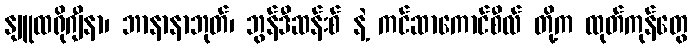
နျူထရိုဂျီနာ၊ ဘာနာနာဘုတ်၊ ဘွန်ဒီဆန်းစ် နဲ့ ကင်ဆာကောင်စီလ် တို့က ထုတ်ကုန်တွေ